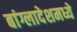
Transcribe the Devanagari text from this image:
बांग्लादेशमध्ये